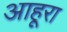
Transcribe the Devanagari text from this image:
आहूरा